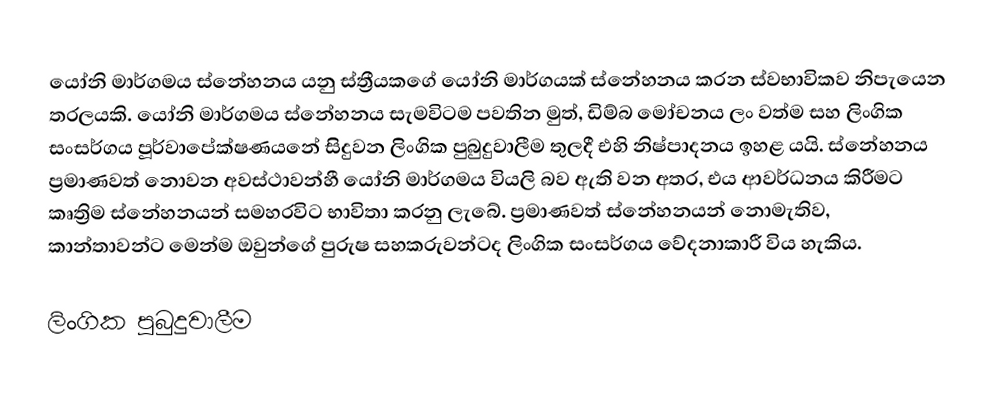
යෝනි මාර්ගමය ස්නේහනය යනු  ස්ත්‍රීයකගේ  යෝනි මාර්ගයක් ස්නේහනය කරන  ස්වභාවිකව නිපැයෙන තරලයකි. යෝනි මාර්ගමය ස්නේහනය සැමවිටම පවතින මුත්, ඩිම්බ මෝචනය ලං වත්ම සහ ලිංගික සංසර්ගය පූර්වාපේක්ෂණයනේ සිදුවන ලිංගික පුබුදුවාලීම තුලදී එහි නිෂ්පාදනය ඉහළ යයි. ස්නේහනය ප්‍රමාණවත් නොවන අවස්ථාවන්හී යෝනි මාර්ගමය වියලි බව ඇති වන අතර, එය ආවර්ධනය කිරීමට කෘත්‍රිම ස්නේහනයන් සමහරවිට භාවිතා කරනු ලැබේ. ප්‍රමාණවත් ස්නේහනයන් නොමැතිව, කාන්තාවන්ට මෙන්ම ඔවුන්ගේ පුරුෂ සහකරුවන්ටද ලිංගික සංසර්ගය වේදනාකාරී විය හැකිය.

ලිංගික පුබුදුවාලීම